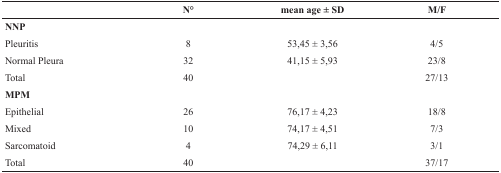
|  | N° | mean age ± SD | M/F |
 | --- | --- | --- | --- |
 | NNP |  |  |  |
 | Pleuritis | 8 | 53,45 ± 3,56 | 4/5 |
 | Normal Pleura | 32 | 41,15 ± 5,93 | 23/8 |
 | Total | 40 |  | 27/13 |
 | MPM |  |  |  |
 | Epithelial | 26 | 76,17 ± 4,23 | 18/8 |
 | Mixed | 10 | 74,17 ± 4,51 | 7/3 |
 | Sarcomatoid | 4 | 74,29 ± 6,11 | 3/1 |
 | Total | 40 |  | 37/17 |